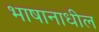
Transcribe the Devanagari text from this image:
भाषानाधील